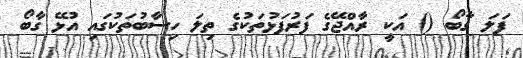
ފަލަ ގާބޯ () އަކީ ރާއްޖޭގެ ފަރުފަޅުތަކުގެ ތިލަ ހިސާބުތަކުގައި އުޅޭ ގާބޯ